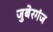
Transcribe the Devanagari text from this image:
जुबेरगंज